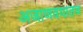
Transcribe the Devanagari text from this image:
अजाणवयातच